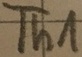
Text: Th1